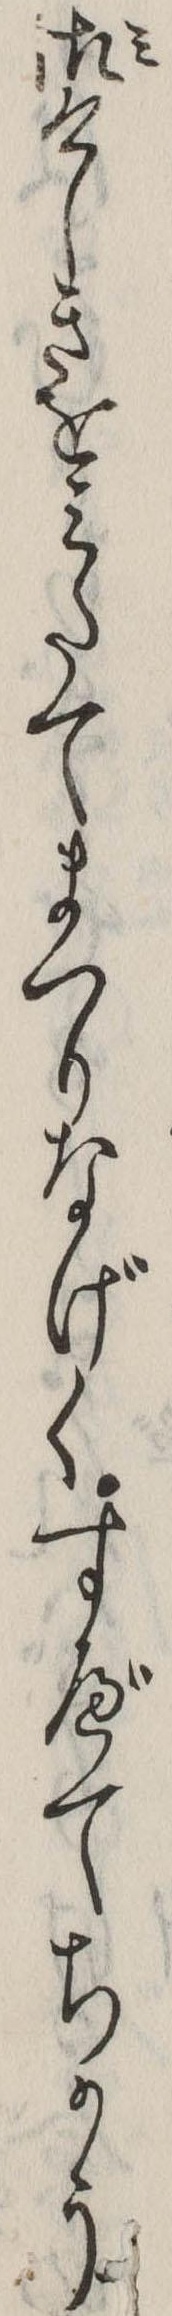
御けしきをみたてまつりなげくすべてちかう